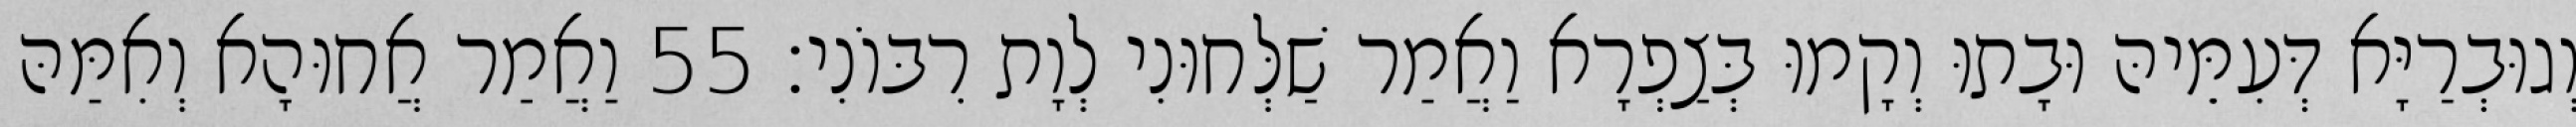
וְגוּבְרַיָּא דְּעִמֵּיהּ וּבָתוּ וְקָמוּ בְּצַפְרָא וַאֲמַר שַׁלְּחוּנִי לְוָת רִבּוֹנִי׃ 55 וַאֲמַר אֲחוּהָא וְאִמַּהּ